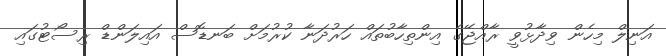
އަނިލް މިހެން ވިދާޅުވީ ރާއްޖޭގެ އިންތިހާބުތައް ހަރުދަނާ ކުރުމަށް ބަނޑޮސް އައިލަންޑް ރިސޯޓުގައި